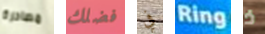
مصادرة فضلك في Ring ذ